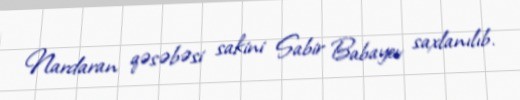
Nardaran qəsəbəsi sakini Sabir Babayev saxlanılıb.